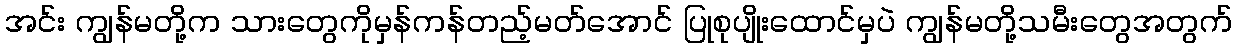
အင်း ကျွန်မတို့က သားတွေကိုမှန်ကန်တည့်မတ်အောင် ပြုစုပျိုးထောင်မှပဲ ကျွန်မတို့သမီးတွေအတွက်